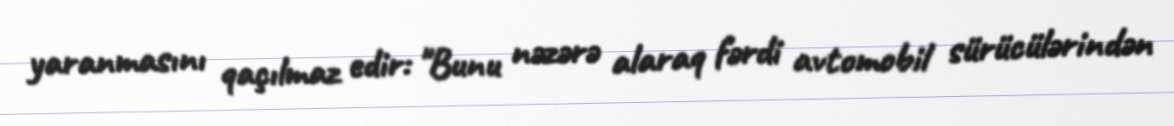
yaranmasını qaçılmaz edir: "Bunu nəzərə alaraq fərdi avtomobil sürücülərindən